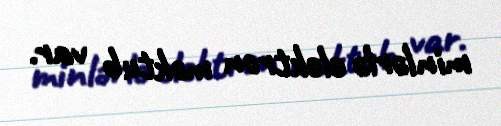
minlərlə elektron məktub var.